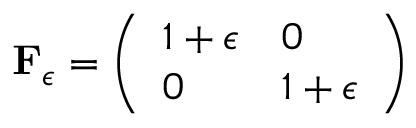
\begin{array} { r } { \mathbf { F } _ { \epsilon } = \left( \begin{array} { l l } { 1 + \epsilon } & { 0 } \\ { 0 } & { 1 + \epsilon } \end{array} \right) } \end{array}